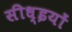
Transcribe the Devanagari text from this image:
सीध्इयों